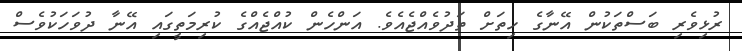
ރުޅިވެރި ބަސްތަކުން އޭނާގެ ހިތަށް ތަދުވެއްޖެއެވެ. އަންހެން ކުއްޖެެއްގެ ކުރިމަތީގައި އޭނާ ދުވަހަކުވެސް